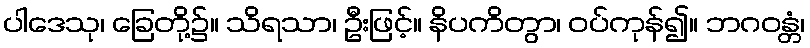
ပါဒေသု၊ ခြေတို့၌။ သိရသာ၊ ဦးဖြင့်။ နိပကိတွာ၊ ဝပ်ကုန်၍။ ဘဂဝန္တံ၊